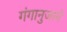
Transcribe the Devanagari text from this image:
गंगानुजाने